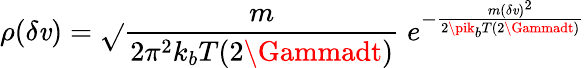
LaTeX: \rho(\delta\mathit{v})=\sqrt{}{{\frac{{m}}{{2\pi^{2}k_{b}T(2\Gammadt)}}}}\; e^{-\frac{{m(\delta\mathit{v})^{2}}}{{2\pik_{b}T(2\Gammadt)}}}